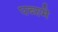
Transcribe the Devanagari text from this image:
पब्स्मे